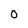
Character: 0